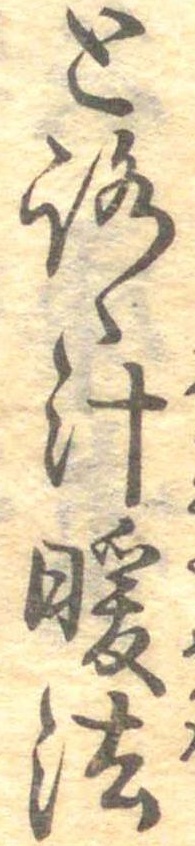
とろゝ汁暖法